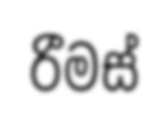
රීමස්